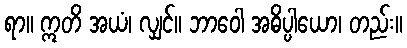
ရာ။ ဣတိ အယံ၊ လျှင်။ ဘာဝေါ အဓိပ္ပါယော၊ တည်း။